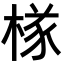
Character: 𣔾